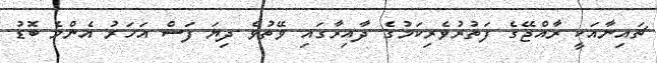
ޗައިނާއަކީ ރާއްޖޭގެ ފަތުރުވެރިކަމުގެ ދާއިރާގައި ވޭތުވެ ދިޔަ ފަސް އަހަރު އެންމެ ބޮޑު